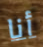
أنا